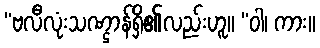
“ဗလီလုံးသဏ္ဌာန်ရှိ၏လည်းဟူ။ “ဝါ၊ ကား။